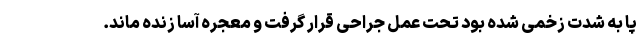
پا به شدت زخمی شده بود تحت عمل جراحی قرار گرفت و معجره آسا زنده ماند.